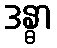
ဒန္ဓာ